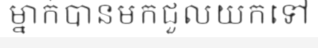
ម្នាក់បានមកជួលយកទៅ